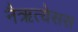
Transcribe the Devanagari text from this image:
नैऋत्येसस